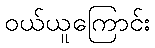
ဝယ်ယူကြောင်း